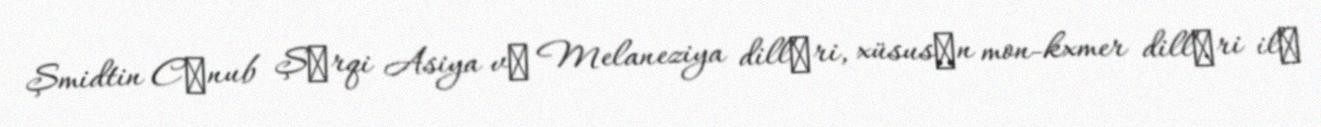
Şmidtin Cәnub Şәrqi Asiya vә Melaneziya dillәri, xüsusәn mon-kxmer dillәri ilә